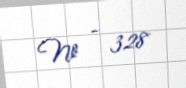
№ - 328